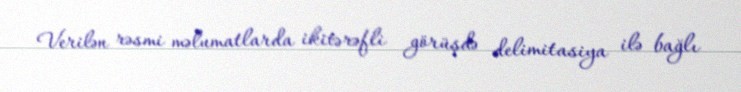
Verilən rəsmi məlumatlarda ikitərəfli görüşdə delimitasiya ilə bağlı